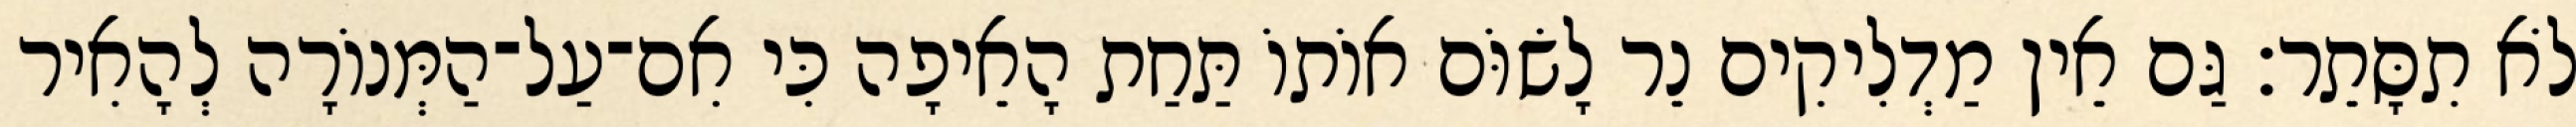
לֹא תִסָּתֵר׃ גַּם אֵין מַדְלִיקִים נֵר לָשׂוֹּם אוֹתוֹ תַּחַת הָאֵיפָה כִּי אִם־עַל־הַמְּנוֹרָה לְהָאִיר